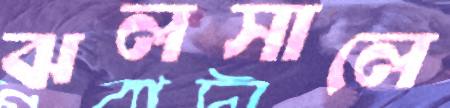
ঝলসালে